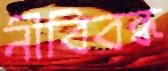
নীবিবন্ধ